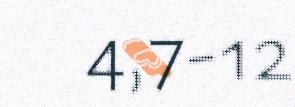
4,7-12